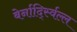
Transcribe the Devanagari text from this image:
बेर्नार्द्स्विल्ल